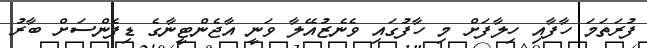
ފުރަތަމަ ހާފާއި ހިލާފަށް މި ހާފުގައި ވެނެޒުއޭލާ ވަނީ އާޖެންޓީނާގެ ޑިފެންސަށް ބާރު